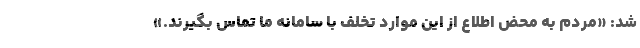
شد: «مردم به محض اطلاع از این موارد تخلف با سامانه ما تماس بگیرند.»